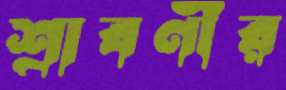
শ্রাবণীর